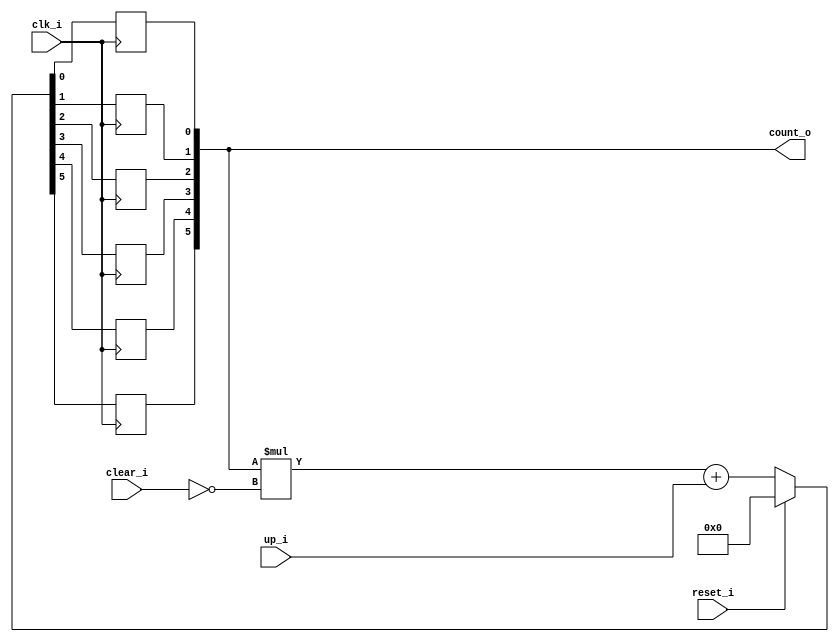
// This program was cloned from: https://github.com/NYU-MLDA/OpenABC
// License: BSD 3-Clause "New" or "Revised" License

module bsg_counter_clear_up_max_val_p63_init_val_p0
(
  clk_i,
  reset_i,
  clear_i,
  up_i,
  count_o
);

  output [5:0] count_o;
  input clk_i;
  input reset_i;
  input clear_i;
  input up_i;
  wire [5:0] count_o;
  wire N0,N1,N2,N3,N4,N5,N6,N7,N8,N9,N10,N11,N12,N13,N14,N15,N16,N17,N18,N19,N20,N21,
  N22,N23;
  reg count_o_5_sv2v_reg,count_o_4_sv2v_reg,count_o_3_sv2v_reg,count_o_2_sv2v_reg,
  count_o_1_sv2v_reg,count_o_0_sv2v_reg;
  assign count_o[5] = count_o_5_sv2v_reg;
  assign count_o[4] = count_o_4_sv2v_reg;
  assign count_o[3] = count_o_3_sv2v_reg;
  assign count_o[2] = count_o_2_sv2v_reg;
  assign count_o[1] = count_o_1_sv2v_reg;
  assign count_o[0] = count_o_0_sv2v_reg;

  always @(posedge clk_i) begin
    if(1'b1) begin
      count_o_5_sv2v_reg <= N17;
    end 
  end


  always @(posedge clk_i) begin
    if(1'b1) begin
      count_o_4_sv2v_reg <= N16;
    end 
  end


  always @(posedge clk_i) begin
    if(1'b1) begin
      count_o_3_sv2v_reg <= N15;
    end 
  end


  always @(posedge clk_i) begin
    if(1'b1) begin
      count_o_2_sv2v_reg <= N14;
    end 
  end


  always @(posedge clk_i) begin
    if(1'b1) begin
      count_o_1_sv2v_reg <= N13;
    end 
  end


  always @(posedge clk_i) begin
    if(1'b1) begin
      count_o_0_sv2v_reg <= N12;
    end 
  end

  assign { N11, N10, N9, N8, N7, N6 } = { N23, N22, N21, N20, N19, N18 } + up_i;
  assign { N17, N16, N15, N14, N13, N12 } = (N0)? { 1'b0, 1'b0, 1'b0, 1'b0, 1'b0, 1'b0 } : 
                                            (N1)? { N11, N10, N9, N8, N7, N6 } : 1'b0;
  assign N0 = reset_i;
  assign N1 = N2;
  assign { N23, N22, N21, N20, N19, N18 } = count_o * N4;
  assign N2 = ~reset_i;
  assign N3 = N2;
  assign N4 = ~clear_i;
  assign N5 = N3 & N4;

endmodule